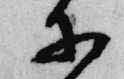
等